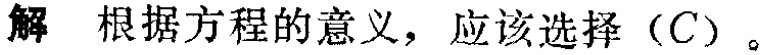
解 根据方程的意义，应该选择（C）。